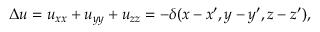
\Delta u = u _ { x x } + u _ { y y } + u _ { z z } = - \delta ( x - x ^ { \prime } , y - y ^ { \prime } , z - z ^ { \prime } ) ,